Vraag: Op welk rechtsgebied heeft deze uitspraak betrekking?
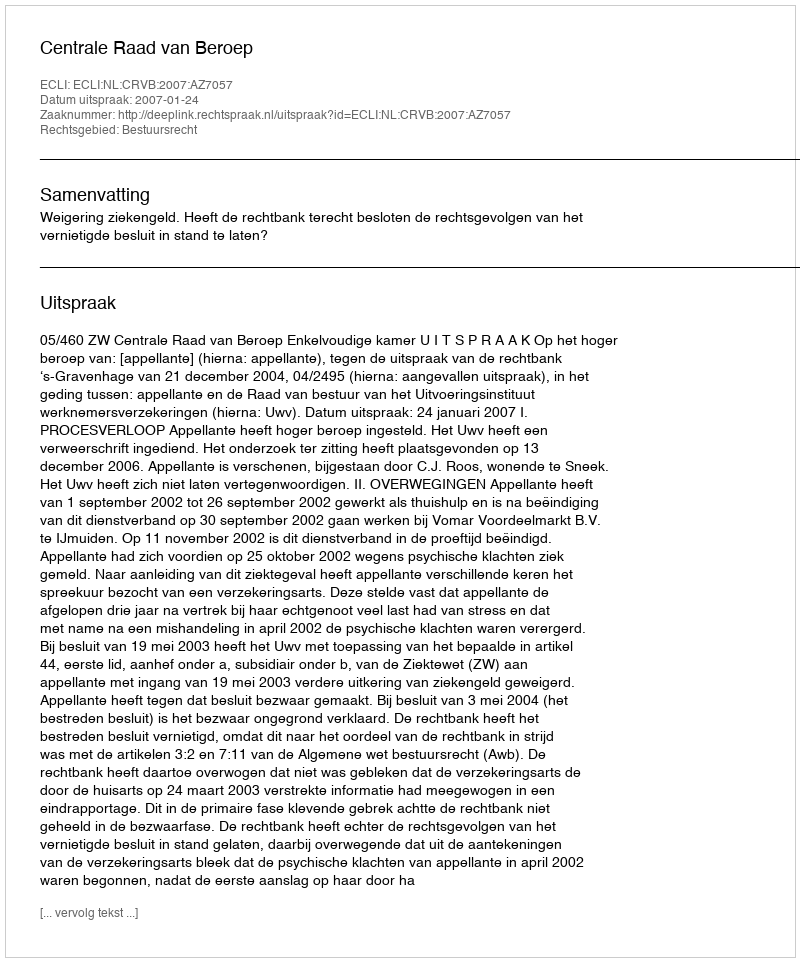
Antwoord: Bestuursrecht